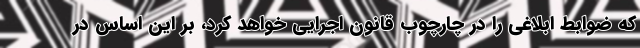
که ضوابط ابلاغی را در چارچوب قانون اجرایی خواهد کرد، بر این اساس در